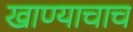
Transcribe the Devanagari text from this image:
खाण्याचाच